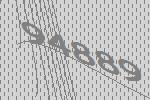
94889